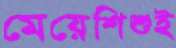
মেয়েশিশুই